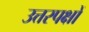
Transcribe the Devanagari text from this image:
उत्तरपक्षों